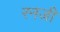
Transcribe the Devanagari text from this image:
रनजी